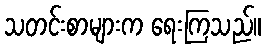
သတင်းစာများက ရေးကြသည်။